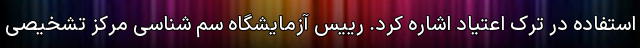
استفاده در ترک اعتیاد اشاره کرد. رییس آزمایشگاه سم شناسی مرکز تشخیصی